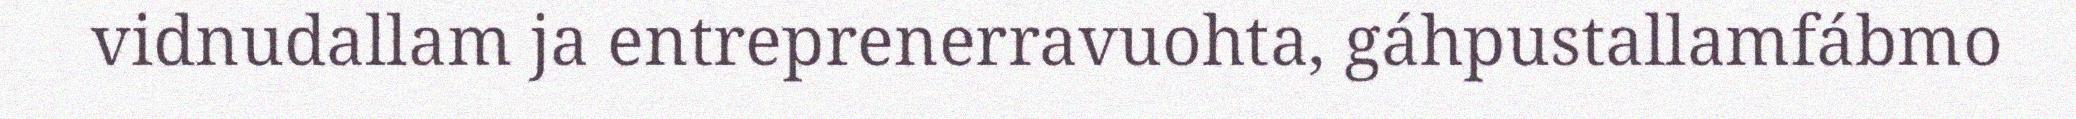
vidnudallam ja entreprenerravuohta, gáhpustallamfábmo